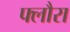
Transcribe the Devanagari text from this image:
फ्लौरा